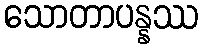
သောတာပန္နဿ